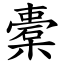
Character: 橐